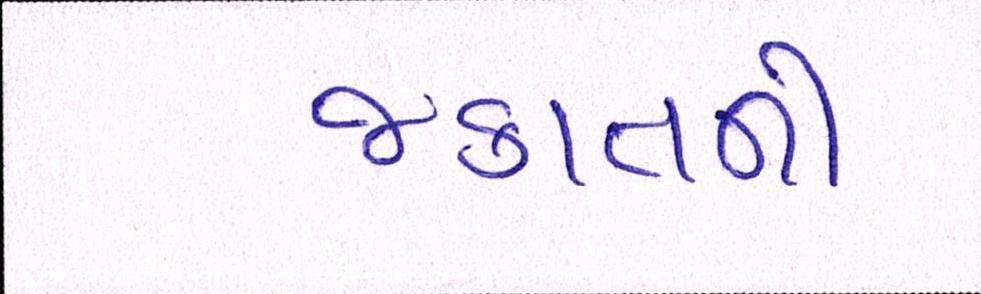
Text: જકાતની